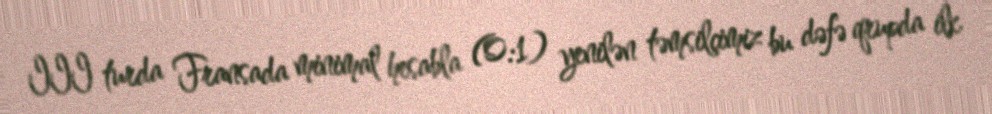
III turda Fransada minimal hesabla (0:1) yenilən təmsilçimiz bu dəfə qrupda ilk